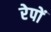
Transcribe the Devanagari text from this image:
रेपों